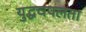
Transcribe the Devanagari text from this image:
युद्धचपलता